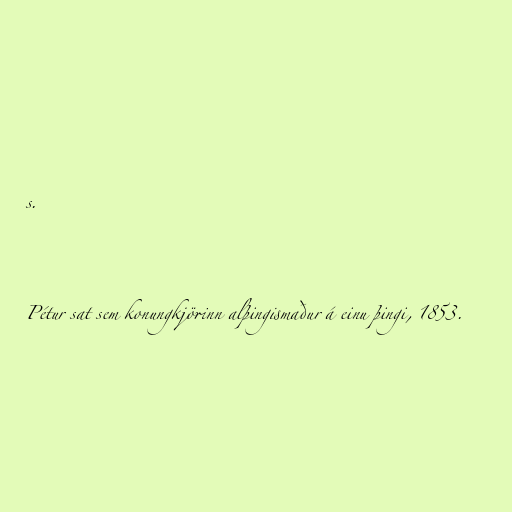
s.

Pétur sat sem konungkjörinn alþingismaður á einu þingi, 1853.